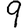
Digit: 9